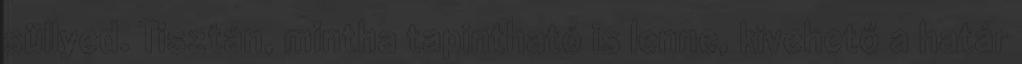
süllyed. Tisztán, mintha tapintható is lenne, kivehető a határ